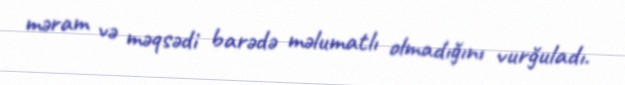
məram və məqsədi barədə məlumatlı olmadığını vurğuladı.